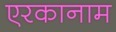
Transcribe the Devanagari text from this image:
एरकानाम